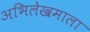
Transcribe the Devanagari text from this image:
अभिलेखमाला